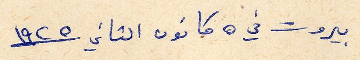
بيروت في ٥ كانون الثاني ١٩٢٥